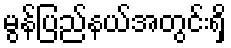
မွန်ပြည်နယ်အတွင်းရှိ